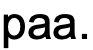
paa.